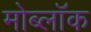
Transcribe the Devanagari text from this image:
मोब्लॉक